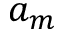
a _ { m }